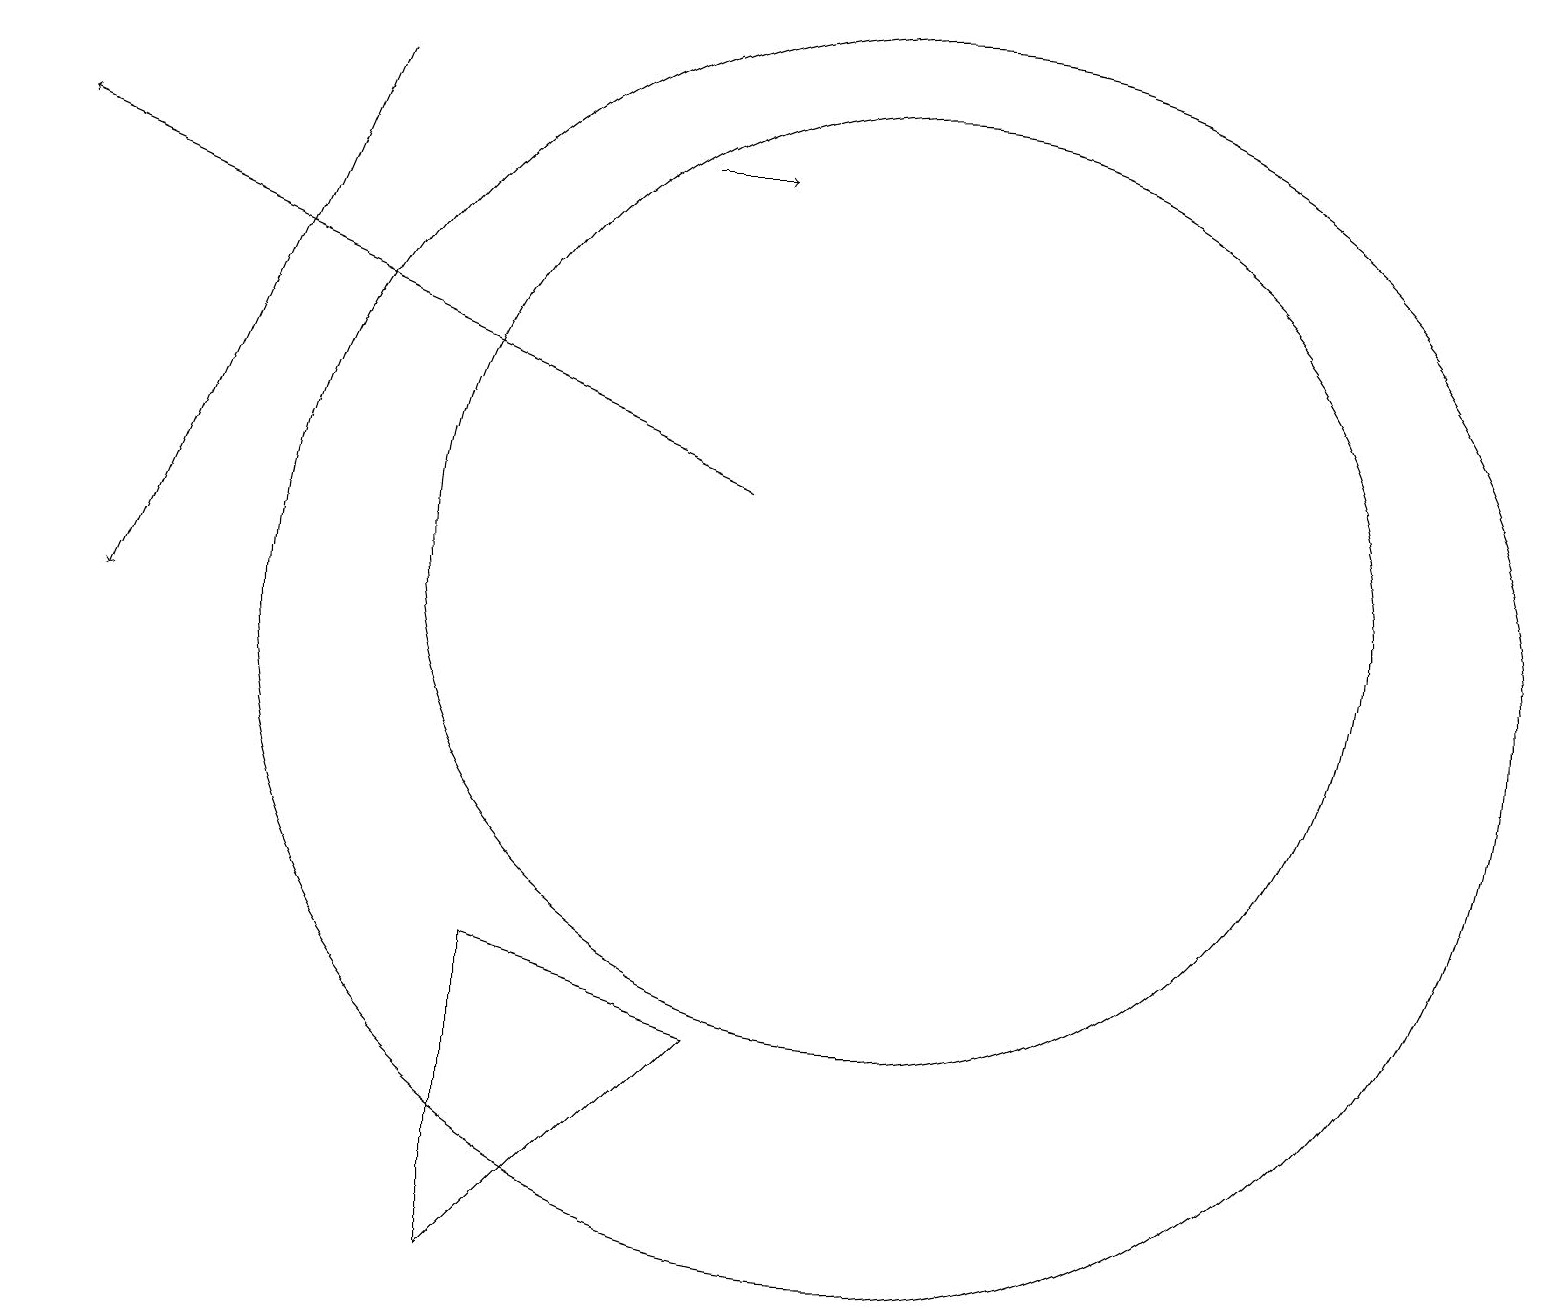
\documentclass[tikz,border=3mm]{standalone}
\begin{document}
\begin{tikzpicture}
\draw (11,10) circle (8);
\draw[->] (4,17) -- (1,10);
\draw[->] (9,12) -- (0,16);
\draw (6,6) -- (9,5) -- (6,2) -- cycle;
\draw (11,11) circle (6);
\draw[->] (8,16) -- (9,16);
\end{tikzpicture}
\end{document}